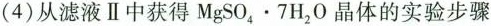
(4)从滤液Ⅱ中获得$$MgSO_{4}\cdot 7H_{2}O$$ 晶体的实验步骤